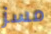
مسز